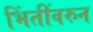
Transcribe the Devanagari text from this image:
भिंतींवरुन